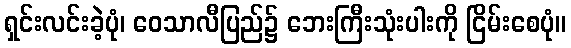
ရှင်းလင်းခဲ့ပုံ၊ ဝေသာလီပြည်၌ ဘေးကြီးသုံးပါးကို ငြိမ်းစေပုံ။